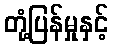
တုံ့ပြန်မှုနှင့်